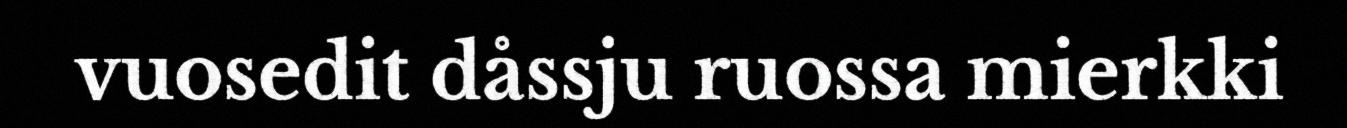
vuosedit dåssju ruossa mierkki